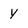
Character: y